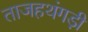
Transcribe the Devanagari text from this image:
ताजहथंगड़ी